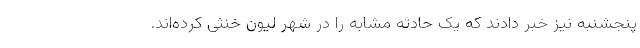
پنجشنبه نیز خبر دادند که یک حادثه مشابه را در شهر لیون خنثی کرده‌اند.